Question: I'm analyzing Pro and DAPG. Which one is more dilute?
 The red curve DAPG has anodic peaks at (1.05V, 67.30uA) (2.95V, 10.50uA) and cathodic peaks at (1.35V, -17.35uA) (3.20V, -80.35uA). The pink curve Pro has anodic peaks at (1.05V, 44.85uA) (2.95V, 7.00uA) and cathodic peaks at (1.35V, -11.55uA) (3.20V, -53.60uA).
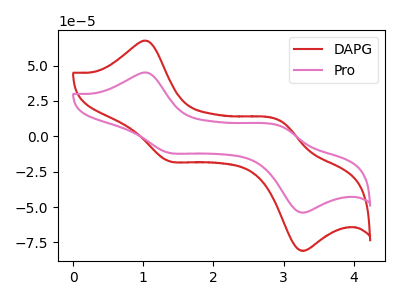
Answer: <think>All the peaks in "Pro" have a peak in "DAPG" at the same potential. Every peak in "Pro" is lower than every peak in "DAPG".
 </think>
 <answer>"Pro" has less signal than "DAPG" and so likely has a lower concentration.</answer>
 <eval>less_concentration</eval>